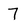
Character: 7